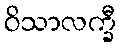
ဝိသာလက္ခီ